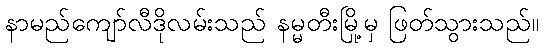
နာမည်ကျော်လီဒိုလမ်းသည် နမ္မတီးမြို့မှ ဖြတ်သွားသည်။